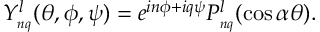
Y _ { _ { n q } } ^ { l } ( \theta , \phi , \psi ) = e ^ { i n \phi + i q \psi } P _ { _ { n q } } ^ { l } ( \cos \alpha \theta ) .